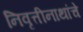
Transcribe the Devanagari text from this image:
निवृत्तीनाथांचे